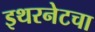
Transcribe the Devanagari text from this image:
इथरनेटचा